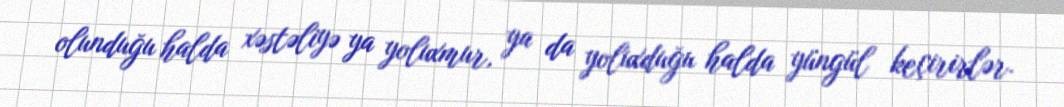
olunduğu halda xəstəliyə ya yoluxmur, ya da yoluxduğu halda yüngül keçirirlər.